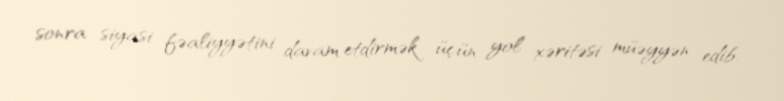
sonra siyasi fəaliyyətini davam etdirmək üçün yol xəritəsi müəyyən edib.